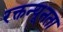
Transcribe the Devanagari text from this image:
रक्तन्यूनता